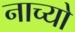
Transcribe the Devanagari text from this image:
नाच्यो